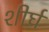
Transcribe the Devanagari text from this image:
शीर्घ